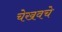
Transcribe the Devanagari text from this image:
चेखवचे